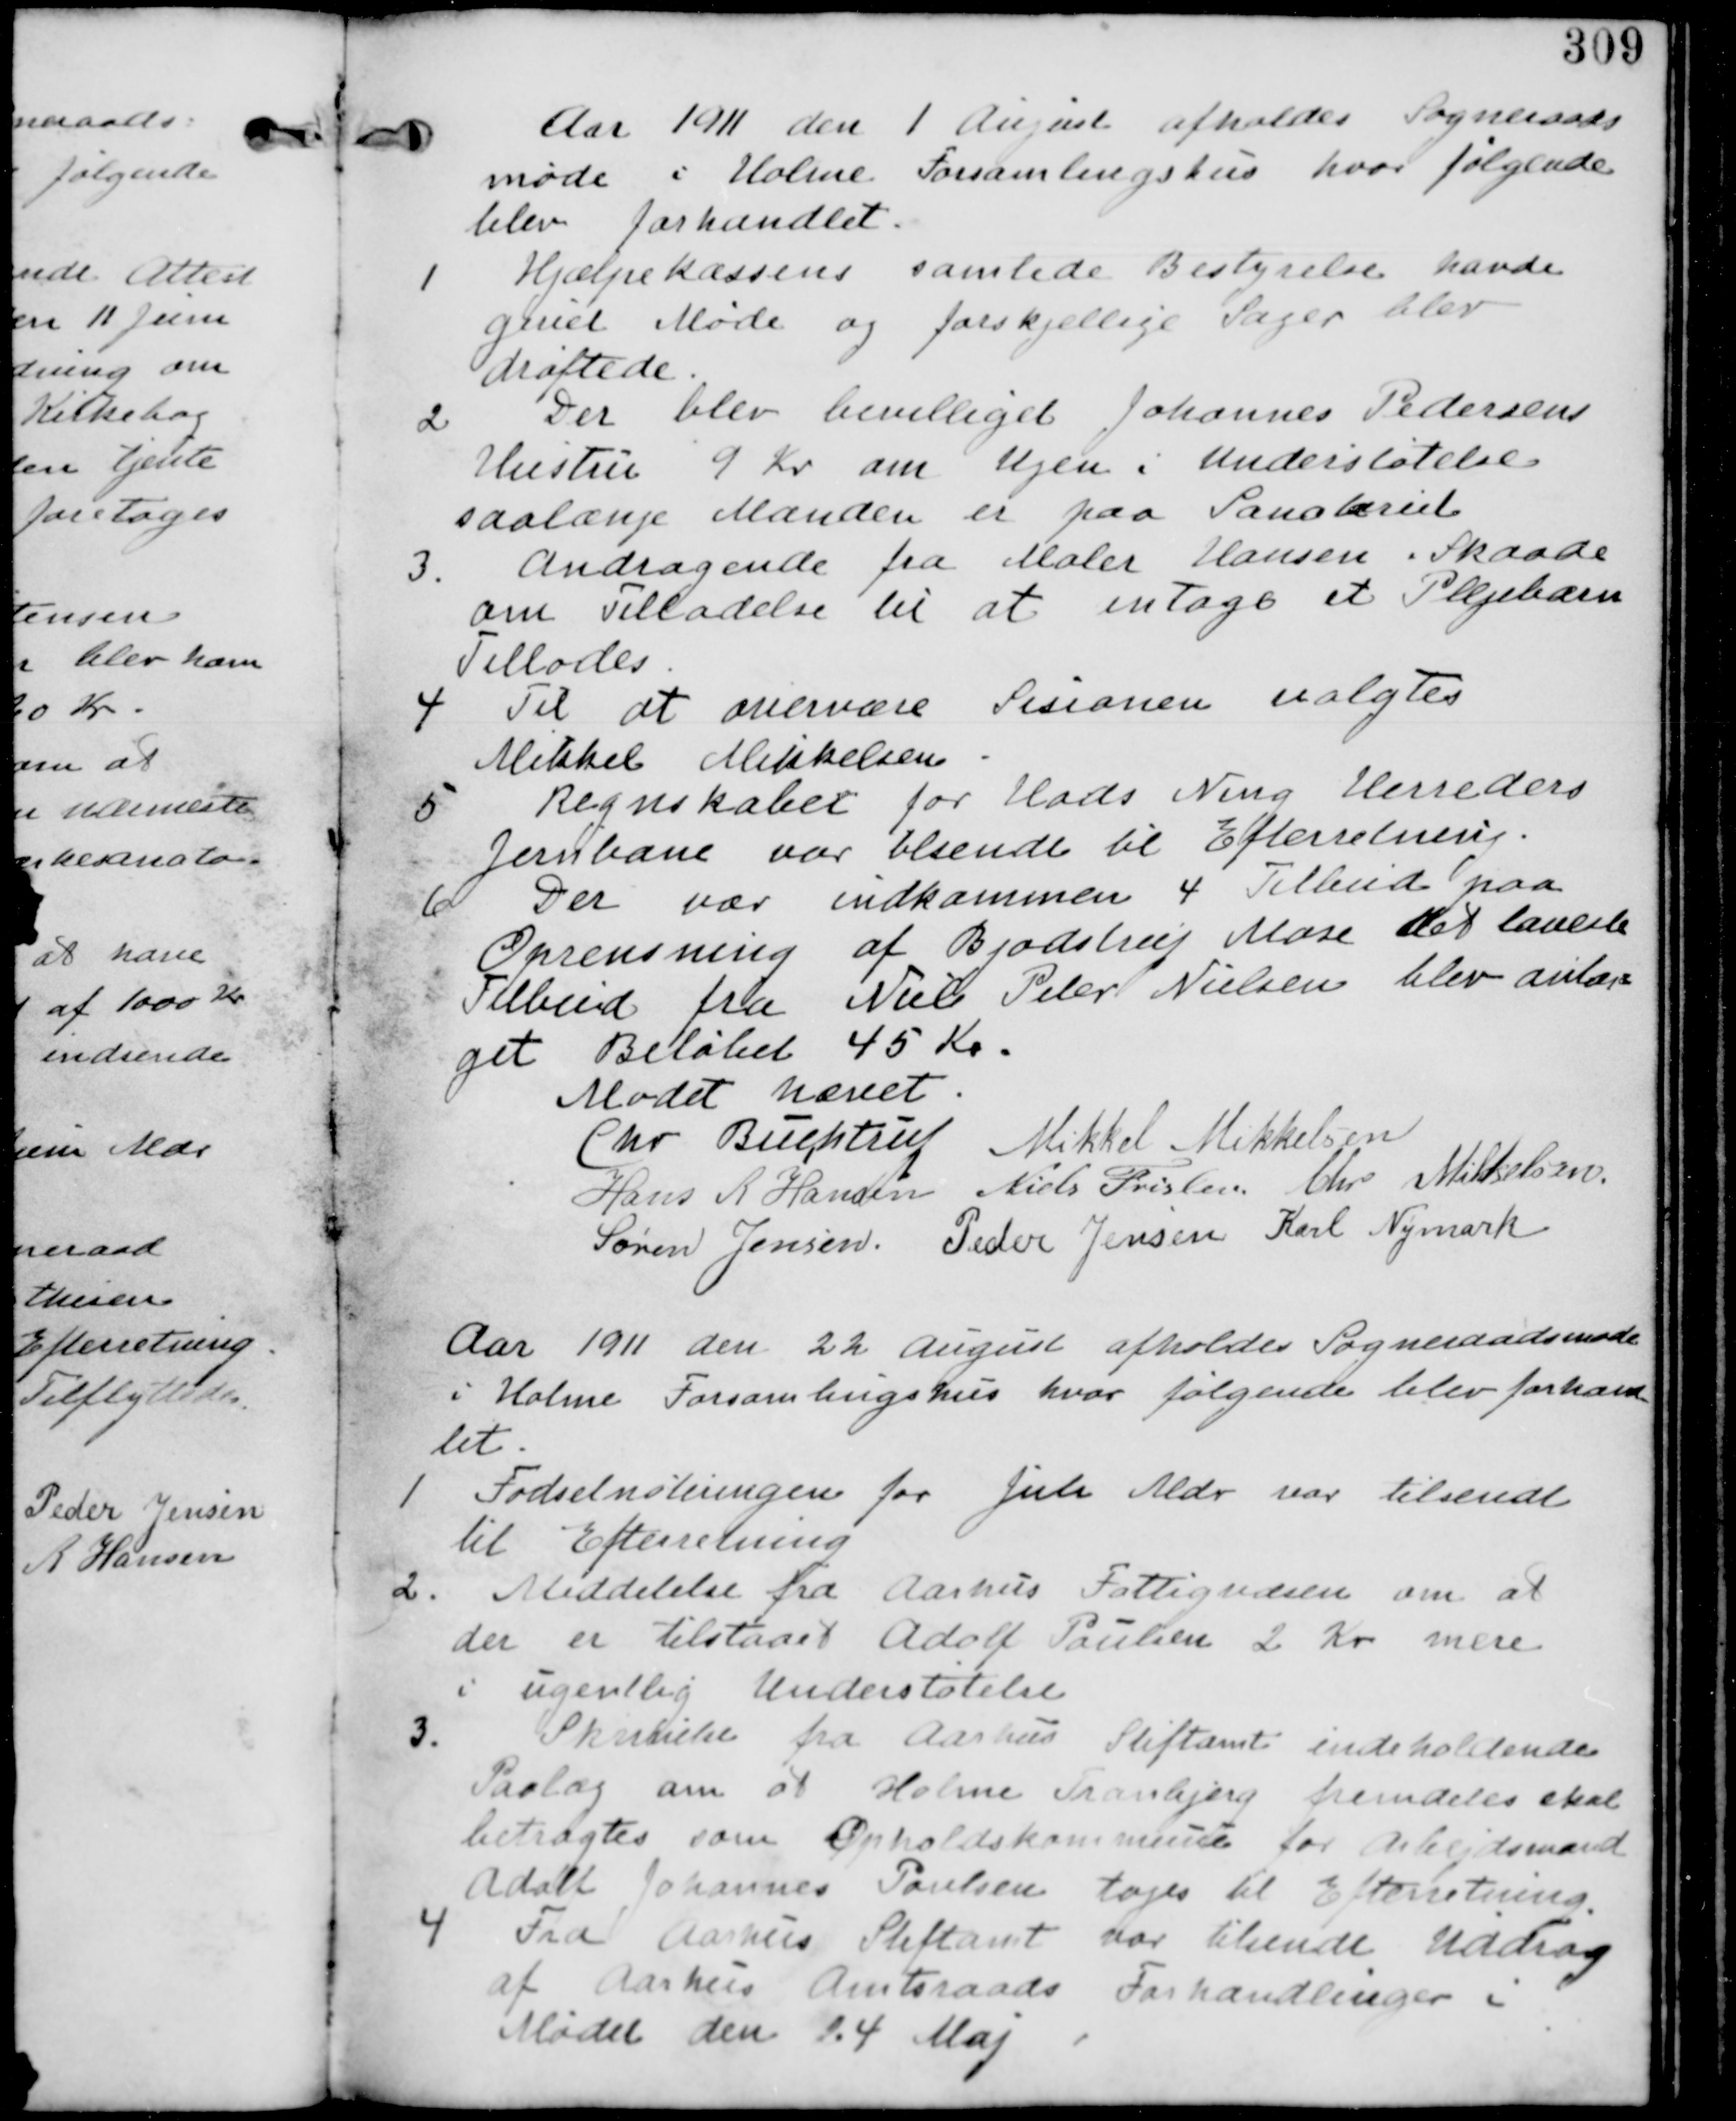
Transskription:
Aar 1911 den 1. August afholdes Sogneraads
møde i Holme Forsamlingshus hvor følgende
blev forhandlet.

1. Hjælpekassens samlede Bestyrelse havde
givet Møde og forskjellige Sager blev
Drøftede.

2. Der blev bevilliget Johannes Pedersens
Hustru 9 Kr. om Ugen i Understøttelse
saalænge Manden er paa Sanatoriet.

3. Andragende fra Maler Hansen i Skaade
om Tilladelse til at intage et Plejebarn
Tillades.

4. Til at overvære Sesionen valgtes
Mikkel Mikkelsen.

5.
Regnskabet for Hads Ning Herreders
Jernbane var tilsendt til Efterretning.

6. Der var indkommen 4 Tilbud paa
Oprensning af Bjodstrup Mose det laveste
Tilbud fra Niels Peter Nielsen blev anlæg-
get Beløbet 45 Kr.

Mødet hævet.

Chr. Buchtrup Mikkel Mikkelsen

Hans R. Hansen Niels Frislen Chr. Mikkelsen

Søren Jensen, Peder Jensen Karl Nymark

Aar 1911 den 22, August afholdes Sogneraadsmøde
i Holme Forsamlingshus hvor følgende blev forhand-
let.

1. Fødselsnoteringen for Juli Mdr. var tilsendt
til Efterretning.

2. Meddelelse fra Aarhus Fattigvæsen om at
der er tilstaaet Adolf Paulsen 2. Kr. mere
i ugentlig Understøtelse.

3.
Skrivelse fra Aarhus Stiftamti indeholdende
Paalæg om at Holme Tranbjerg fremdeles skal
betragtes som Opholdskommune for Arbejdsmand
Adolf Johannes Poulsen tages til Efterretning.

4 Fra Aarhus Stiftamt var tilsendt Uddrag
af Aarhus Amtsraads Forhandlinger i
Mødet den 24 Maj.